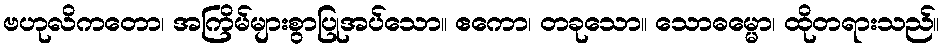
ဗဟုလိကတော၊ အကြိမ်များစွာပြုအပ်သော။ ဧကော၊ တခုသော။ သောဓမ္မော၊ ထိုတရားသည်။